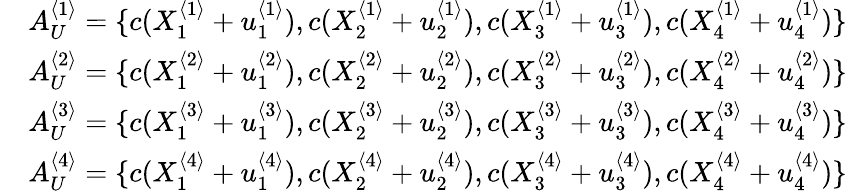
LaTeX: \begin{array}{rl}&{A_{U}^{\langle 1\rangle}=\{ c(X_{1}^{\langle 1\rangle}+u_{1}^{\langle 1\rangle}),c(X_{2}^{\langle 1\rangle}+u_{2}^{\langle 1\rangle}),c(X_{3}^{\langle 1\rangle}+u_{3}^{\langle 1\rangle}),c(X_{4}^{\langle 1\rangle}+u_{4}^{\langle 1\rangle})\} }\\ &{A_{U}^{\langle 2\rangle}=\{ c(X_{1}^{\langle 2\rangle}+u_{1}^{\langle 2\rangle}),c(X_{2}^{\langle 2\rangle}+u_{2}^{\langle 2\rangle}),c(X_{3}^{\langle 2\rangle}+u_{3}^{\langle 2\rangle}),c(X_{4}^{\langle 2\rangle}+u_{4}^{\langle 2\rangle})\} }\\ &{A_{U}^{\langle 3\rangle}=\{ c(X_{1}^{\langle 3\rangle}+u_{1}^{\langle 3\rangle}),c(X_{2}^{\langle 3\rangle}+u_{2}^{\langle 3\rangle}),c(X_{3}^{\langle 3\rangle}+u_{3}^{\langle 3\rangle}),c(X_{4}^{\langle 3\rangle}+u_{4}^{\langle 3\rangle})\} }\\ &{A_{U}^{\langle 4\rangle}=\{ c(X_{1}^{\langle 4\rangle}+u_{1}^{\langle 4\rangle}),c(X_{2}^{\langle 4\rangle}+u_{2}^{\langle 4\rangle}),c(X_{3}^{\langle 4\rangle}+u_{3}^{\langle 4\rangle}),c(X_{4}^{\langle 4\rangle}+u_{4}^{\langle 4\rangle})\} }\end{array}